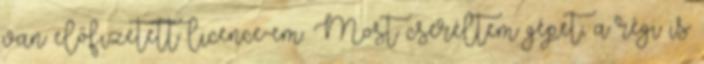
van előfizetett licence-em. Most cseréltem gépet, a régi is